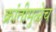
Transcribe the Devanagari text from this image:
क्रांतीमुळेच